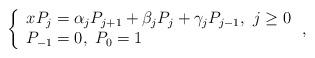
LaTeX: \begin{align*}\left\{\begin{array}{l}x P_j = \alpha_j P_{j+1} + \beta_j P_{j} + \gamma_j P_{j-1},\ j\geq 0 \\P_{-1}=0,\ P_0=1\end{array}\right. ,\end{align*}